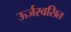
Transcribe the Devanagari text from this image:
ऊर्जस्वसित